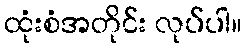
ထုံးစံအတိုင်း လုပ်ပါ။